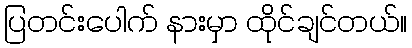
ပြတင်းပေါက် နားမှာ ထိုင်ချင်တယ်။